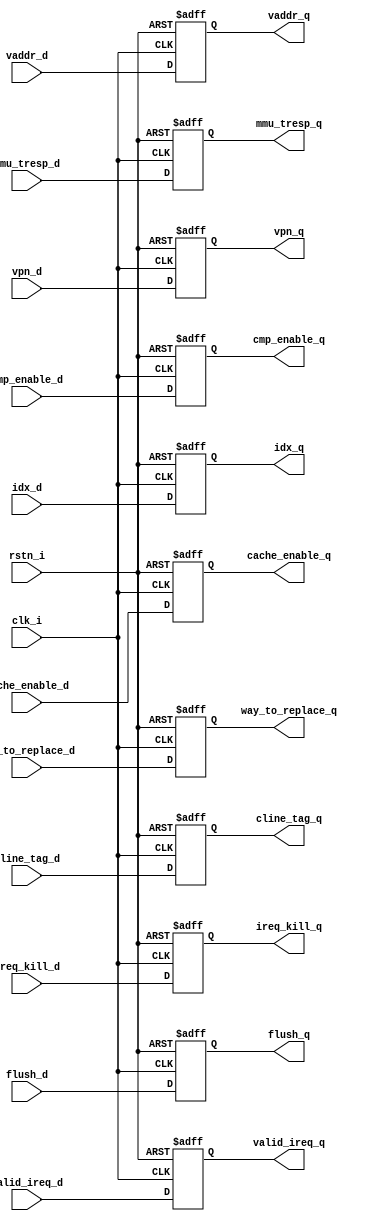
module icache_ff (
	clk_i,
	rstn_i,
	vaddr_d,
	vaddr_q,
	idx_d,
	idx_q,
	vpn_d,
	vpn_q,
	cline_tag_d,
	cline_tag_q,
	way_to_replace_d,
	way_to_replace_q,
	cmp_enable_d,
	cmp_enable_q,
	flush_d,
	flush_q,
	valid_ireq_d,
	valid_ireq_q,
	ireq_kill_d,
	ireq_kill_q,
	mmu_tresp_d,
	mmu_tresp_q,
	cache_enable_d,
	cache_enable_q
);
	input wire clk_i;
	input wire rstn_i;
	localparam drac_pkg_ADDR_SIZE = 40;
	localparam [31:0] drac_icache_pkg_VADDR_SIZE = drac_pkg_ADDR_SIZE;
	input wire [39:0] vaddr_d;
	output reg [39:0] vaddr_q;
	localparam drac_pkg_ICACHE_IDX_BITS_SIZE = 12;
	input wire [11:0] idx_d;
	output reg [11:0] idx_q;
	localparam drac_pkg_ICACHE_VPN_BITS_SIZE = 28;
	input wire [27:0] vpn_d;
	output reg [27:0] vpn_q;
	localparam [31:0] drac_icache_pkg_TAG_WIDHT = 20;
	localparam [31:0] drac_icache_pkg_ICACHE_TAG_WIDTH = drac_icache_pkg_TAG_WIDHT;
	input wire [19:0] cline_tag_d;
	output reg [19:0] cline_tag_q;
	localparam [31:0] drac_icache_pkg_ICACHE_N_WAY = 4;
	input wire [1:0] way_to_replace_d;
	output reg [1:0] way_to_replace_q;
	input wire cmp_enable_d;
	output reg cmp_enable_q;
	input wire flush_d;
	output reg flush_q;
	input wire valid_ireq_d;
	output reg valid_ireq_q;
	input wire ireq_kill_d;
	output reg ireq_kill_q;
	input wire [22:0] mmu_tresp_d;
	output reg [22:0] mmu_tresp_q;
	input wire cache_enable_d;
	output reg cache_enable_q;
	always @(posedge clk_i or negedge rstn_i)
		if (!rstn_i) begin
			cache_enable_q <= 1'sb0;
			cmp_enable_q <= 1'sb0;
			vaddr_q <= 1'sb0;
			vpn_q <= 1'sb0;
			idx_q <= 1'sb0;
			flush_q <= 1'sb0;
			cline_tag_q <= 1'sb0;
			way_to_replace_q <= 1'sb0;
			mmu_tresp_q <= 1'sb0;
			valid_ireq_q <= 1'sb0;
			ireq_kill_q <= 1'sb0;
		end
		else begin
			cache_enable_q <= cache_enable_d;
			cmp_enable_q <= cmp_enable_d;
			vaddr_q <= vaddr_d;
			vpn_q <= vpn_d;
			idx_q <= idx_d;
			flush_q <= flush_d;
			cline_tag_q <= cline_tag_d;
			way_to_replace_q <= way_to_replace_d;
			valid_ireq_q <= valid_ireq_d;
			ireq_kill_q <= ireq_kill_d;
			mmu_tresp_q <= mmu_tresp_d;
		end
endmodule